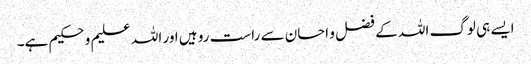
ایسے ہی لوگ اللہ کے فضل و احسان سے راست رو ہیں اور اللہ علیم و حکیم ہے۔